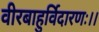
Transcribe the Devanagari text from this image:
वीरबाहुर्विदारणः।।